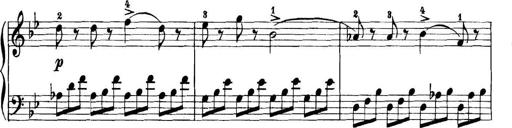
Title: 11 Sonatinas
Composer: Anton Diabelli